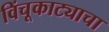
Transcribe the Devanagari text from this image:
विंचूकाट्याचा